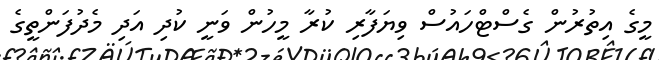
މީގެ އިތުރުން ގެސްޓްހައުސް ވިޔަފާރި ކުރާ މީހުން ވަނީ ކުދި އަދި މެދުފަންތީގެ